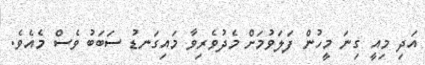
އަދި މިއީ ގިނަ މީހުން ފަލަވުމަށް މެދުވެރިވާ މައިގަނޑު ސަބަބު ވެސް މެއެވެ.